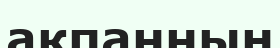
акпанның